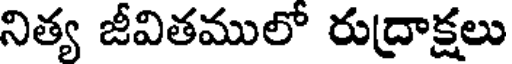
నిత్య జీవితములో రుద్రాక్షలు